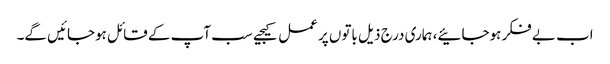
اب بے فکر ہوجائیے، ہماری درج ذیل باتوں پر عمل کیجیے سب آپ کے قائل ہوجائیں گے۔